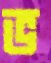
ভ